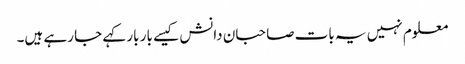
معلوم نہیں یہ بات صاحبان دانش کیسے بار بار کہے جا رہے ہیں۔